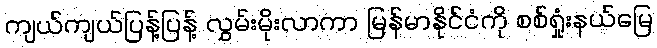
ကျယ်ကျယ်ပြန့်ပြန့် လွှမ်းမိုးလာကာ မြန်မာနိုင်ငံကို စစ်ရှုံးနယ်မြေ